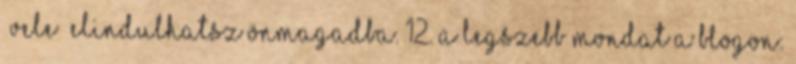
„vele” elindulhatsz önmagadba. 12. A legszebb mondat a blogon: